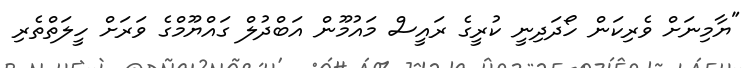
"ޔާމިނަށް ވެރިކަން ހޯދަދިނީ ކުރީގެ ރައީސް މައުމޫން އަބްދުލް ގައްޔޫމްގެ ވަރަށް ހީލަތްތެރި